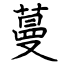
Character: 蔓